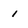
Character: 1